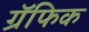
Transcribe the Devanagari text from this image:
ग्रॅफिक